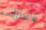
قفازات